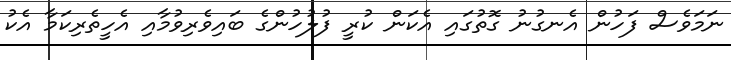
ނަމަވެސް ފަހުން އެނގުނު ގޮތުގައި އެކަން ކުރީ ފުލުހުންގެ ބައިވެރިވުމާއި އެހީތެރިކަމާ އެކު